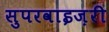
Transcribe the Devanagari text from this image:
सुपरवाइज़री